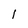
Character: 1